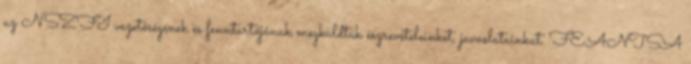
az NSZFI vezetőségének és fenntartójának megküldtük észrevételeinket, javaslatainkat. FEANTSA